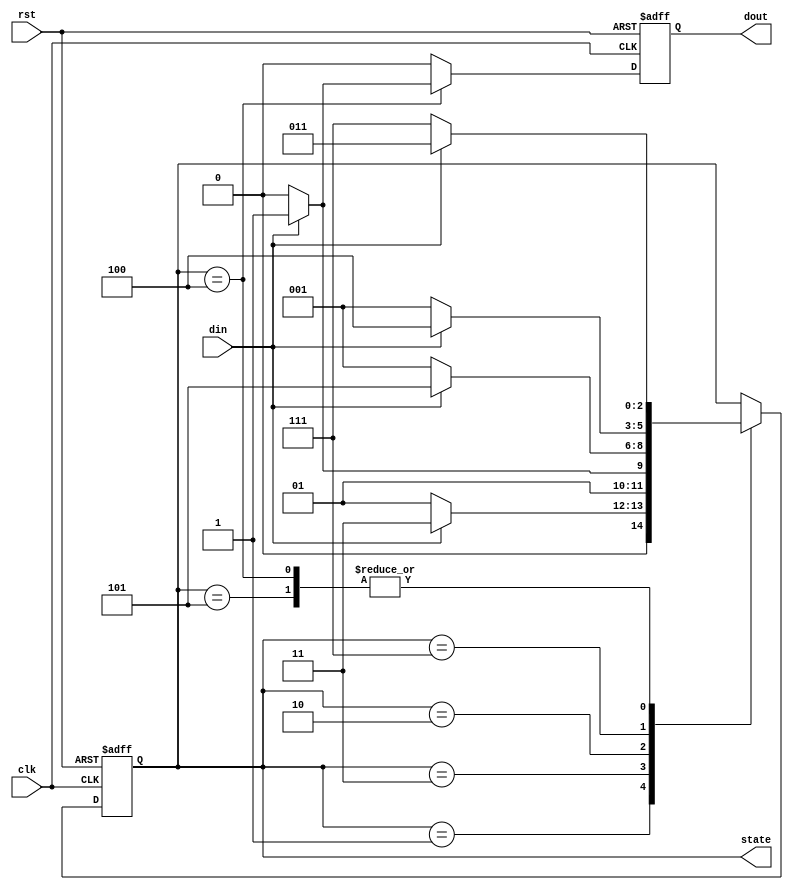
module seq(clk,rst,din,dout,state);
input clk,rst,din;
output dout;
output [2:0] state;
reg dout;
reg [2:0] state;

parameter A=3'b001, B=3'b011, C=3'b010, D=3'b101, E=3'b111, F=3'b100;

initial begin
	state<=A;
	dout<=0;
end

always @(negedge clk or negedge rst)
begin
	if (~rst)
		begin
			state<=A;
			dout<=0;
		end
	else begin
		dout<=0;
		case (state)
			A: if (din)
						state<=B;
				else
					state<=A;
			B: if (din)
					state<=B;
				else
					state<=C;
			C: if (din)
					state<=D;
				else
					state<=A;
			D: if (din)
					state<=B;
				else
					state<=E;
			E: if (din)
					state<=F;
				else
					state<=A;
			F: if (din)
					begin
						state<=B;
						dout<=1;
					end
				else
					state<=E;
		endcase
	end
end

endmodule